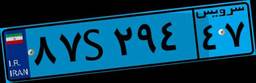
۸۷S۲۹۴۴۷